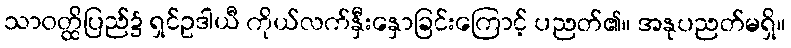
သာဝတ္ထိပြည်၌ ရှင်ဥဒါယီ ကိုယ်လက်နှီးနှောခြင်းကြောင့် ပညတ်၏။ အနုပညတ်မရှိ။